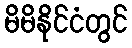
မိမိနိုင်ငံတွင်